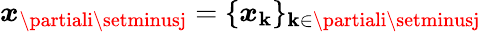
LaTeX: \boldsymbol{x}_{\partiali\setminusj}=\{ \boldsymbol{x}_{\mathbf{k}}\} _{\mathbf{k}\in{\partiali\setminusj}}